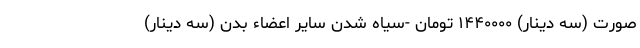
صورت (سه دینار) ۱۴۴۰۰۰۰ تومان -سیاه شدن سایر اعضاء بدن (سه دینار)